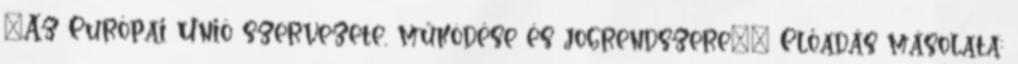
"Az Európai Unió szervezete, működése és jogrendszere"— Előadás másolata: